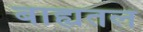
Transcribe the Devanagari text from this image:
बाह्यतल